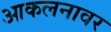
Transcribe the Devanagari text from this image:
आकलनावर